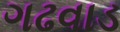
ગઢવાડ